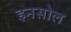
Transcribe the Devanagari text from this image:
इनसोल